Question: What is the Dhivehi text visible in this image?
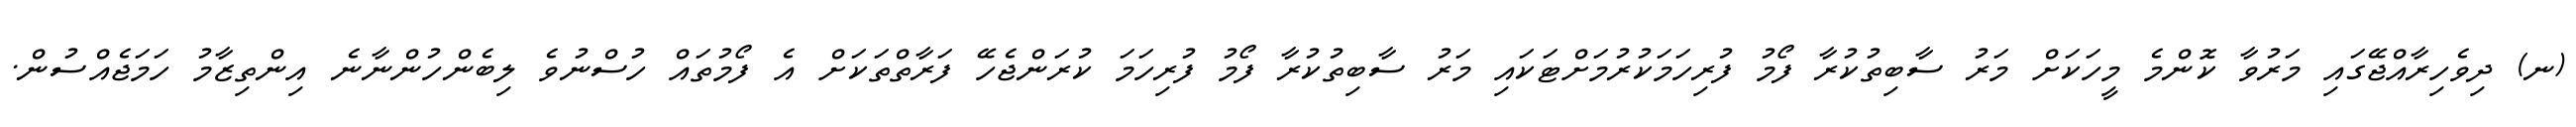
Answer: (ނ) ދިވެހިރާއްޖޭގައި މަރުވާ ކޮންމެ މީހަކަށް މަރު ސާބިތުކުރާ ފޯމު ފުރިހަމަކުރުމަށްޓަކައި މަރު ސާބިތުކުރާ ފޯމު ފުރިހަމަ ކުރަންޖެހޭ ފަރާތްތަކަށް އެ ފޯމުތައް ހުސްނުވެ ލިބެންހުންނާނެ އިންތިޒާމު ހަމަޖެއްސުން.